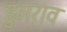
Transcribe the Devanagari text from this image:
डुमराव